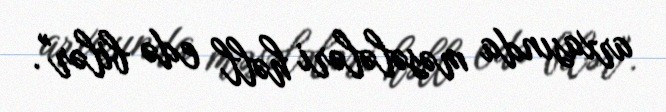
arxasında məsələləri həll edə bilər".